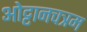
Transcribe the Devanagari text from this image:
ओट्टानचत्रम